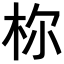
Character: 𪱾